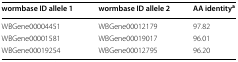
<table><thead><tr><td><b>wormbase ID allele 1</b></td><td><b>wormbase ID allele 2</b></td><td><b>AA identity<sup>a</sup></b></td></tr></thead><tbody><tr><td>WBGene00004451</td><td>WBGene00012179</td><td>97.82</td></tr><tr><td>WBGene00001581</td><td>WBGene00019017</td><td>96.01</td></tr><tr><td>WBGene00019254</td><td>WBGene00012795</td><td>96.20</td></tr></tbody></table>